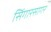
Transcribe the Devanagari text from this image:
सिंगारसागर